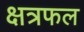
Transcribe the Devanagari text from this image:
क्षत्रफल